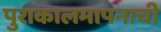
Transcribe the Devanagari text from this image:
पुराकालमापनाची